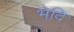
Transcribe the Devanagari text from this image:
भेदि